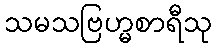
သမသဗြဟ္မစာရီသု